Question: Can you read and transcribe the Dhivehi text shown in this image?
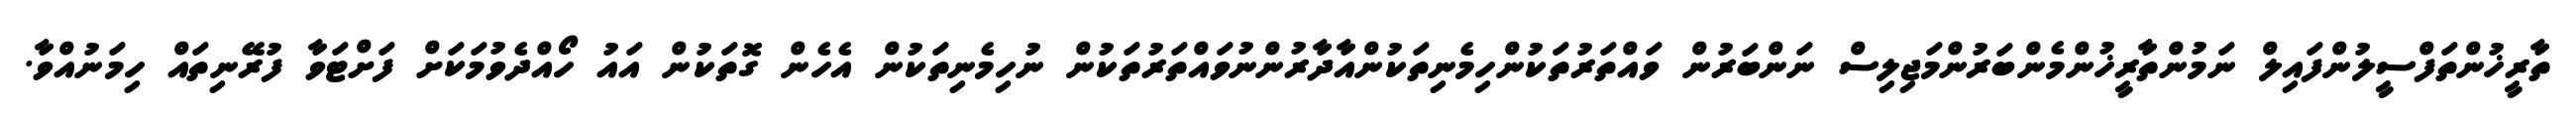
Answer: ތާރީޚުންތަފްސީލުންފައިލް ނަމުންތާރީޚުންމެންބަރުންމަޖިލިސް ނަންބަރުން ވައްތަރުތަކުންހިމެނިތަކުންއާދާރުންނުވައްތަރުތަކުން ނުހިމެނިތަކުން އެހެން ގޮތަކުން އައު ހޯއްދެވުމަކަށް ފަށްޓަވާ ފުރޭނިތައް ހިމަނުއްވާ.